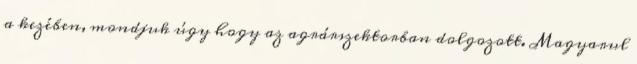
a kezében, mondjuk úgy hogy az agrárszektorban dolgozott. Magyarul